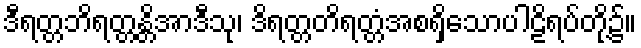
ဒီရတ္တဘိရတ္တန္တိအာဒီသု၊ ဒိရတ္တတိရတ္တံအစရှိသောပါဠိရပ်တို့၌။